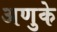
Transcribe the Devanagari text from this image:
अणुके